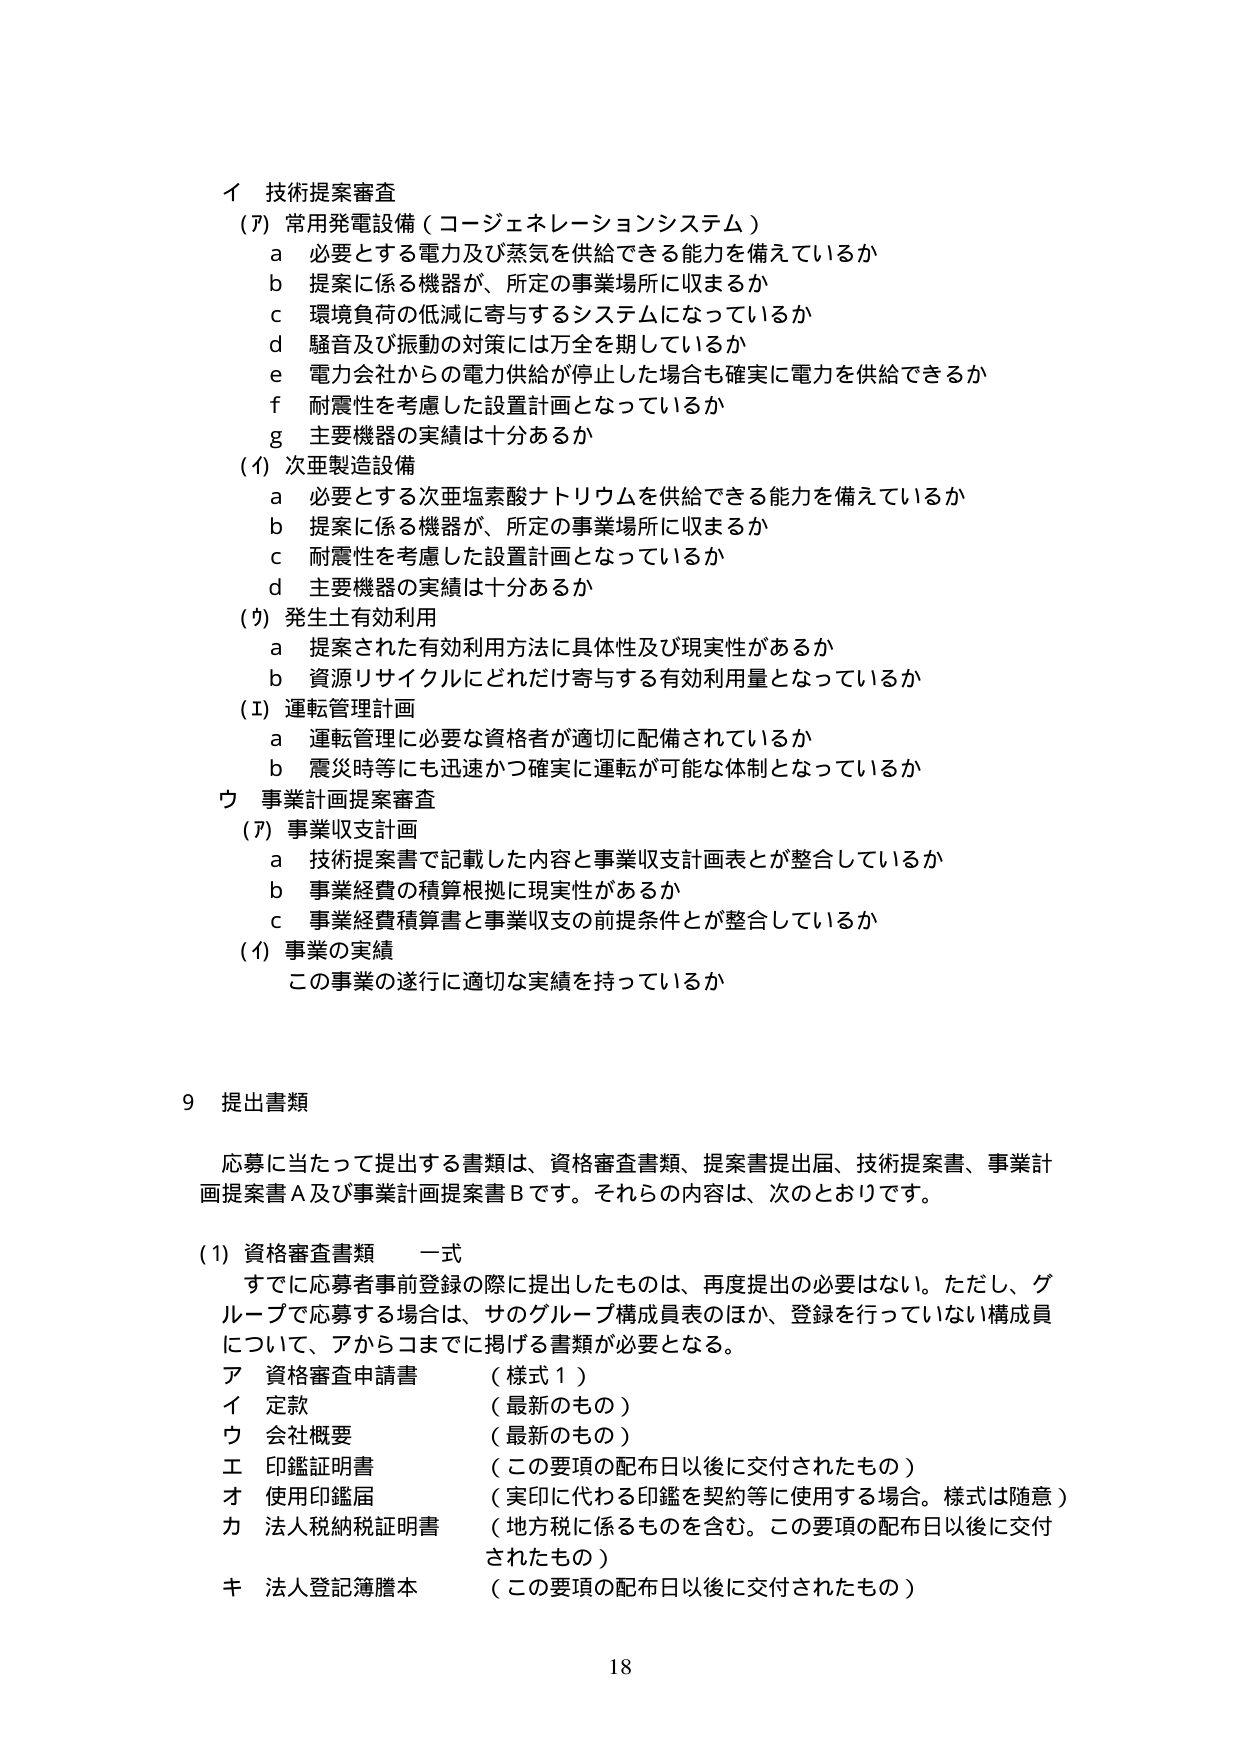
イ 技術提案審査
(7) 常用発電設備（コージェネレーションシステム）
　a 必要とする電力及び蒸気を供給できる能力を備えているか
　b 提案に係る機器が、所定の事業場所に収まるか
　c 環境負荷の低減に寄与するシステムになっているか
　d 騒音及び振動の対策には万全を期しているか
　e 電力会社からの電力供給が停止した場合も確実に電力を供給できるか
　f 耐震性を考慮した設置計画となっているか
　g 主要機器の実績は十分あるか
(4) 次亜製造設備
　a 必要とする次亜塩素酸ナトリウムを供給できる能力を備えているか
　b 提案に係る機器が、所定の事業場所に収まるか
　c 耐震性を考慮した設置計画となっているか
　d 主要機器の実績は十分あるか
(7) 発生土有効利用
　a 提案された有効利用方法に具体性及び現実性があるか
　b 資源リサイクルにどれだけ寄与する有効利用量となっているか
(1) 運転管理計画
　a 運転管理に必要な資格者が適切に配備されているか
　b 震災時等にも迅速かつ確実に運転が可能な体制となっているか
ウ 事業計画提案審査
(7) 事業収支計画
　a 技術提案書で記載した内容と事業収支計画表とが整合しているか
　b 事業経費の積算根拠に現実性があるか
　c 事業経費積算書と事業収支の前提条件とが整合しているか
(4) 事業の実績
　この事業の遂行に適切な実績を持っているか

9 提出書類
　応募に当たって提出する書類は、資格審査書類、提案書提出届、技術提案書、事業計画提案書A及び事業計画提案書Bです。それらの内容は、次のとおりです。
(1) 資格審査書類 一式
　すでに応募者事前登録の際に提出したものは、再度提出の必要はない。ただし、グループで応募する場合は、サのグループ構成員表のほか、登録を行っていない構成員について、アからコまでに掲げる書類が必要となる。
　ア 資格審査申請書 （様式1）
　イ 定款 （最新のもの）
　ウ 会社概要 （最新のもの）
　エ 印鑑証明書 （この要項の配布日以後に交付されたもの）
　オ 使用印鑑届 （実印に代わる印鑑を契約等に使用する場合。様式は随意）
　カ 法人税納税証明書 （地方税に係るものを含む。この要項の配布日以後に交付されたもの）
　キ 法人登記簿謄本 （この要項の配布日以後に交付されたもの）

18